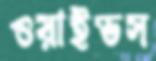
ওয়াইভস